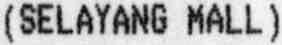
(SELAYANG MALL)